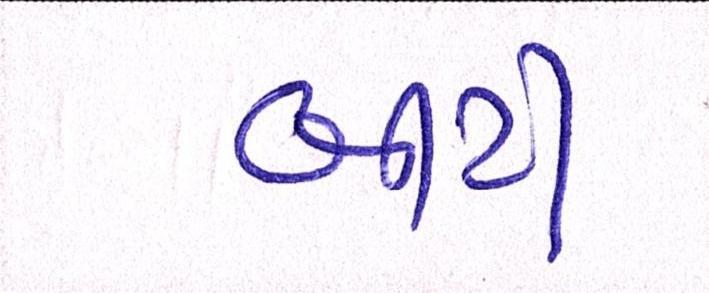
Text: બીટી